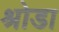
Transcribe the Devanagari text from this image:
श्रोडा